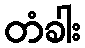
တံခါး